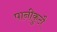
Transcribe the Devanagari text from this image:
पानीकुटौ